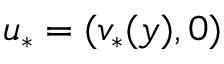
u _ { * } = ( v _ { * } ( y ) , 0 )